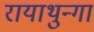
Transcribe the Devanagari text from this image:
रायाथुन्गा